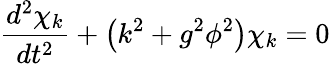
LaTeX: \frac{d^{2}\chi_{k}}{dt^{2}}+\left(k^{2}+g^{2}\phi^{2}\right)\chi_{k}=0